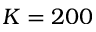
K = 2 0 0